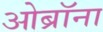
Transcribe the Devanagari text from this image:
ओब्रॉना